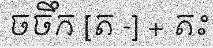
ចចឹក [ត -] + តះ